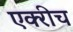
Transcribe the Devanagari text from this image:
एक्‍रीच